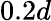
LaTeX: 0.2d